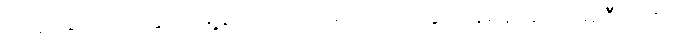
ကျဆုံးခဲ့ရတဲ့အတွက် မြို့နဲ့ အထက်ဗမာပြည်အတွက် နစ်နာခဲ့ရပေမဲ့ ဦးရာဇတ်